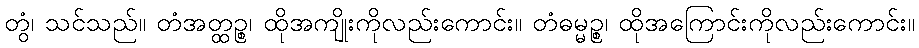
တွံ၊ သင်သည်။ တံအတ္ထဉ္စ၊ ထိုအကျိုးကိုလည်းကောင်း။ တံဓမ္မဉ္စ၊ ထိုအကြောင်းကိုလည်းကောင်း။